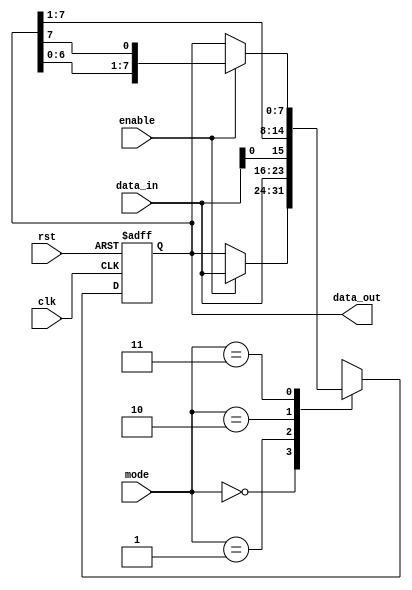
module UniversalShiftRegister (
    input wire clk,             // Clock input
    input wire rst,             // Reset input
    input wire [1:0] mode,      // Mode control input (00 - parallel load, 01 - parallel shift left, 10 - parallel shift right, 11 - serial shift)
    input wire [7:0] data_in,   // Data input
    input wire enable,          // Enable input
    output reg [7:0] data_out   // Data output
);

reg [7:0] shift_reg;

always @(posedge clk or posedge rst) begin
    if (rst) begin
        shift_reg <= 8'b0;      // Reset shift register
    end else begin
        case (mode)
            2'b00: shift_reg <= enable ? data_in : shift_reg;                      // Parallel load
            2'b01: shift_reg <= {shift_reg[6:0], data_in};                         // Parallel shift left
            2'b10: shift_reg <= {data_in, shift_reg[7:1]};                         // Parallel shift right
            2'b11: shift_reg <= enable ? {shift_reg[6:0], shift_reg[7]} : shift_reg; // Serial shift
            default: shift_reg <= shift_reg;
        endcase
    end
end

assign data_out = shift_reg;

endmodule